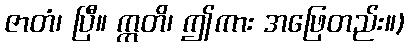
ဇာတံ၊ ပြီ။ ဣတိ၊ ဤကား အဖြေတည်း။)